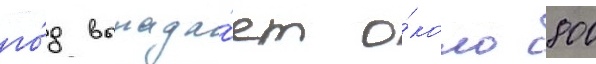
го́д выпада́ет о́коло 800